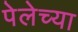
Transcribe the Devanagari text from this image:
पेलेच्या